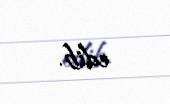
edib.